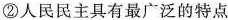
②人民民主具有最广泛的特点